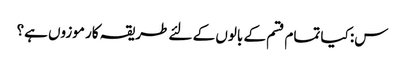
س: کیا تمام قسم کے بالوں کے لئے طریقہ کار موزوں ہے؟